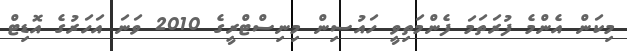
މިކަން އެންމެ ފުރަތަމަ ފެންމަތިވީ ހައުސިން މިނިސްޓްރީގެ 2010 ވަނަ އަހަރުގެ އޮޑިޓް